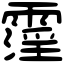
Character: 霪